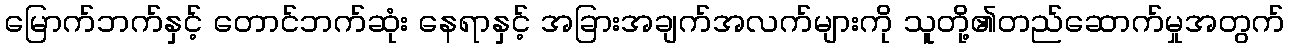
မြောက်ဘက်နှင့် တောင်ဘက်ဆုံး နေရာနှင့် အခြားအချက်အလက်များကို သူတို့၏တည်ဆောက်မှုအတွက်